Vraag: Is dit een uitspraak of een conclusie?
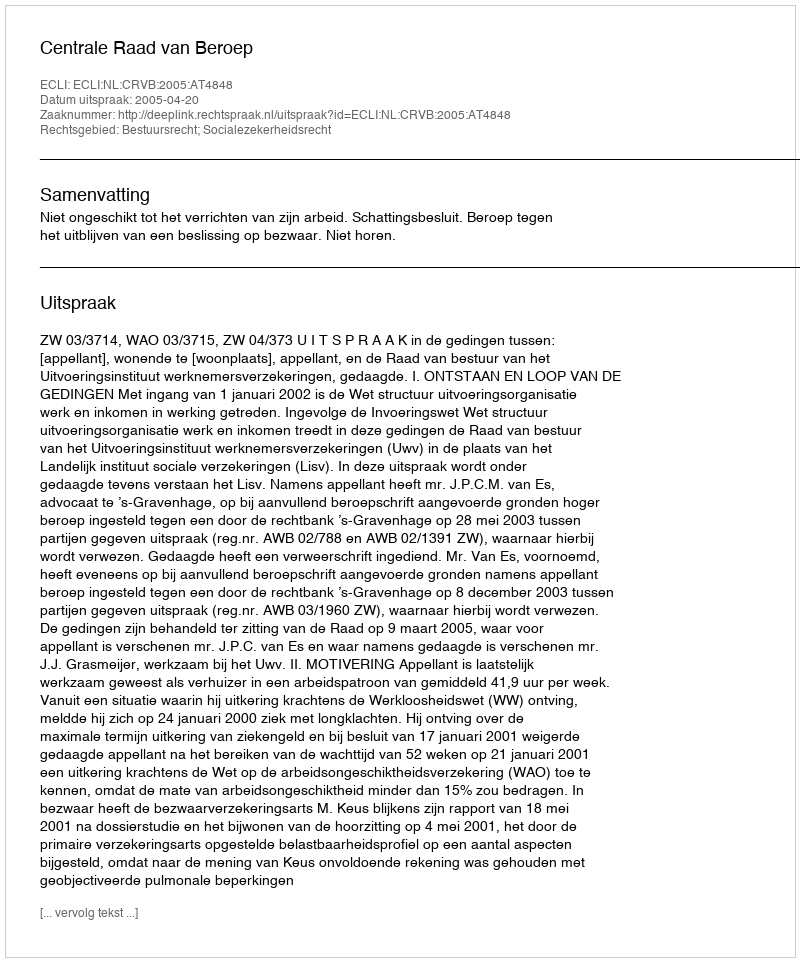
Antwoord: Uitspraak